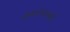
હવામાનની